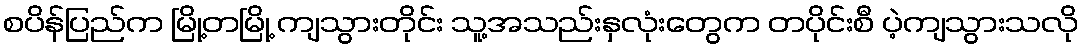
စပိန်ပြည်က မြို့တမြို့ ကျသွားတိုင်း သူ့အသည်းနှလုံးတွေက တပိုင်းစီ ပဲ့ကျသွားသလို